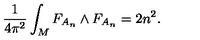
{ \frac { 1 } { 4 \pi ^ { 2 } } } \int _ { M } F _ { A _ { n } } \wedge F _ { A _ { n } } = 2 n ^ { 2 } .